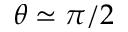
\theta \simeq \pi / 2